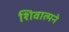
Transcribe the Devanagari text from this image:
शिवात्मने